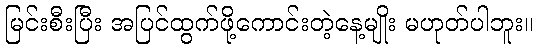
မြင်းစီးပြီး အပြင်ထွက်ဖို့ကောင်းတဲ့နေ့မျိုး မဟုတ်ပါဘူး။